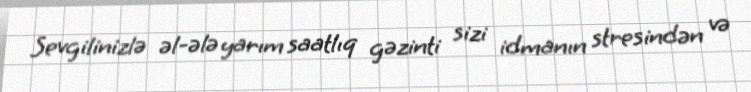
Sevgilinizlə əl-ələ yarım saatlıq gəzinti sizi idmanın stresindən və